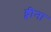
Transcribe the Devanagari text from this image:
ड्वीना